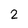
Character: 2